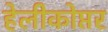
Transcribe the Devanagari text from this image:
हेलीकोप्तर